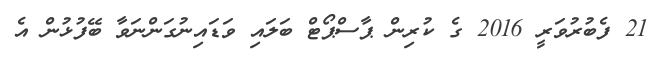
21 ފެބުރުވަރީީ 2016 ގެ ކުރިން ޕާސްޕޯޓް ބަލައި ވަޑައިނުގަންނަވާ ބޭފުޅުން އެ